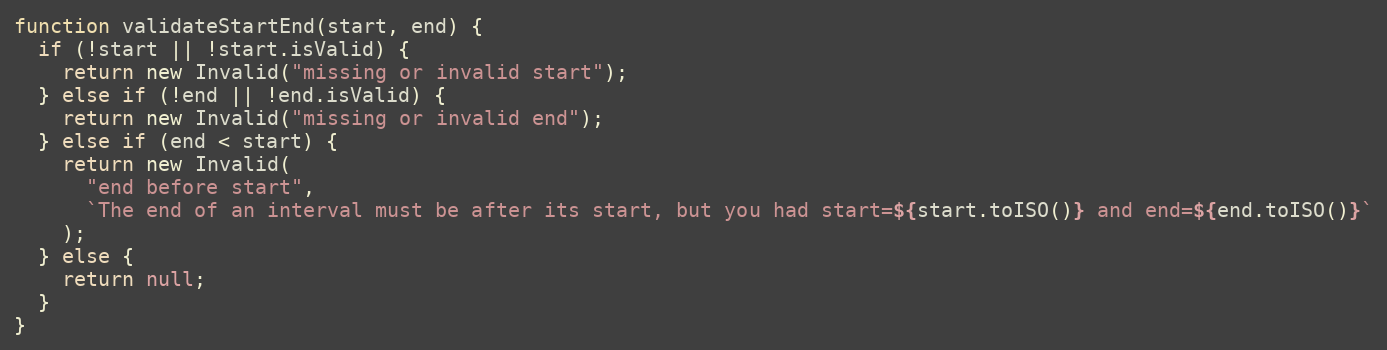
Language: JavaScript
function validateStartEnd(start, end) {
  if (!start || !start.isValid) {
    return new Invalid("missing or invalid start");
  } else if (!end || !end.isValid) {
    return new Invalid("missing or invalid end");
  } else if (end < start) {
    return new Invalid(
      "end before start",
      `The end of an interval must be after its start, but you had start=${start.toISO()} and end=${end.toISO()}`
    );
  } else {
    return null;
  }
}